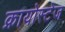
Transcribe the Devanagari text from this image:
क्रायोस्टेज